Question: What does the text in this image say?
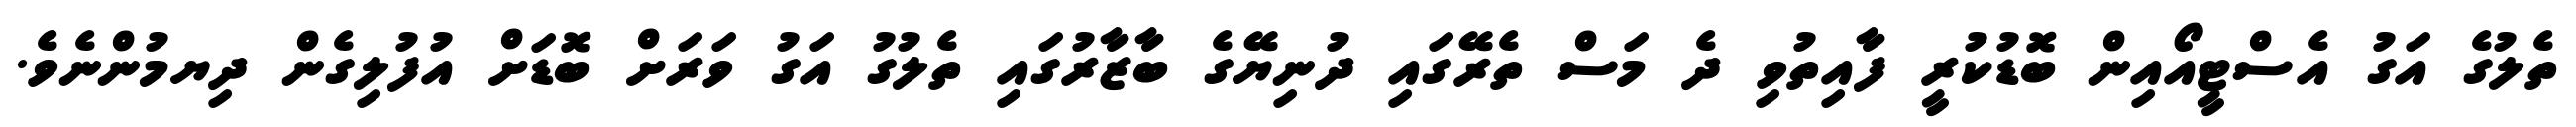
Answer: ތެލުގެ އަގު އެސްޓީއޯއިން ބޮޑުކުރީ ފާއިތުވި ދެ މަސް ތެރޭގައި ދުނިޔޭގެ ބާޒާރުގައި ތެލުގު އަގު ވަރަށް ބޮޑަށް އުފުލިގެން ދިޔމުންނެވެ.